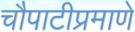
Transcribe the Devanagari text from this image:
चौपाटीप्रमाणे